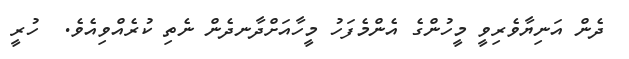
ދެން އަނިޔާވެރިވީ މީހުންގެ އެންމެފަހު މީހާއަށްދާނދެން ނެތި ކުރެއްވިއެވެ.  ހުރީ